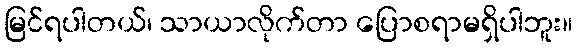
မြင်ရပါတယ်၊ သာယာလိုက်တာ ပြောစရာမရှိပါဘူး။